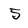
Character: 5